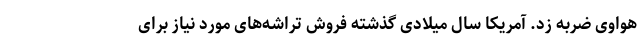
هواوی ضربه زد. آمریکا سال میلادی گذشته فروش تراشه‌های مورد نیاز برای